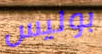
بوليس